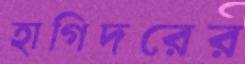
হাগিদরের